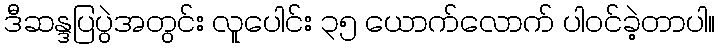
ဒီဆန္ဒပြပွဲအတွင်း လူပေါင်း ၃၅ ယောက်လောက် ပါဝင်ခဲ့တာပါ။